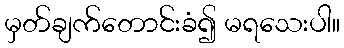
မှတ်ချက်တောင်းခံ၍ မရသေးပါ။